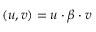
( \boldsymbol { u } , \boldsymbol { v } ) = \boldsymbol { u } \cdot \boldsymbol { \beta } \cdot \boldsymbol { v }